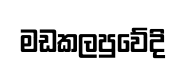
මඩකලපුවේදි